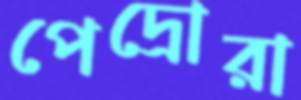
পেদ্রোরা